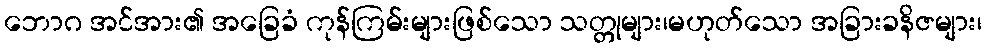
ဘောဂ အင်အား၏ အခြေခံ ကုန်ကြမ်းများဖြစ်သော သတ္တုများ၊မဟုတ်သော အခြားခနိဇများ၊